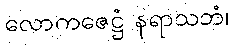
လောကဇေဋ္ဌံ နရာသဘံ၊